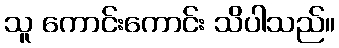
သူ ကောင်းကောင်း သိပါသည်။